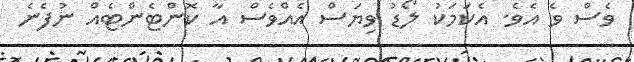
ވެސް ވެ އެވެ. އެކަމަކު ލޯޑު ވިޔަސް އެއްވެސް އާ ކޮންޓެންޓެއް ނުފެނެ